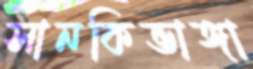
সানকিভাঙ্গা